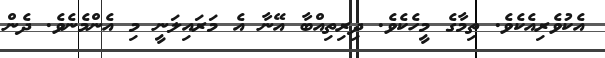
އެކުވެރިއެކެވެ. ތިމާގެ މީހެކެވެ. ދިރިތިއްބާ އޭނާ އެ މަރައިލަނީ މި އެންމެނެވެ. ދެން